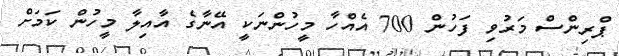
ޕްރިންސް މަރުވި ފަހުން 700 އެއްހާ މީހުންނަކީ އޭނާގެ އާއިލާ މީހުން ކަމަށް